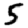
Digit: 5